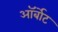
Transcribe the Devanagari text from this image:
ऑर्बोट